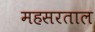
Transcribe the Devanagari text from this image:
महसरताल